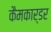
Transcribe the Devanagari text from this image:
कैमकार्डर